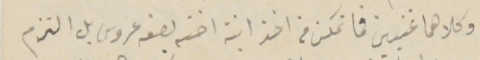
وكلاهما غنيين فما تمكن من اخذ ابنة اخته بصفة عروس بل التزم